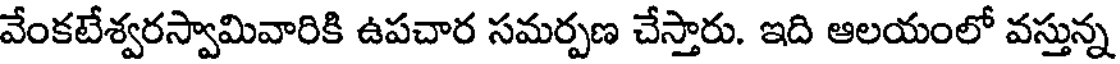
వేంకటేశ్వరస్వామివారికి ఉపచార సమర్పణ చేస్తారు. ఇది ఆలయంలో వస్తున్న